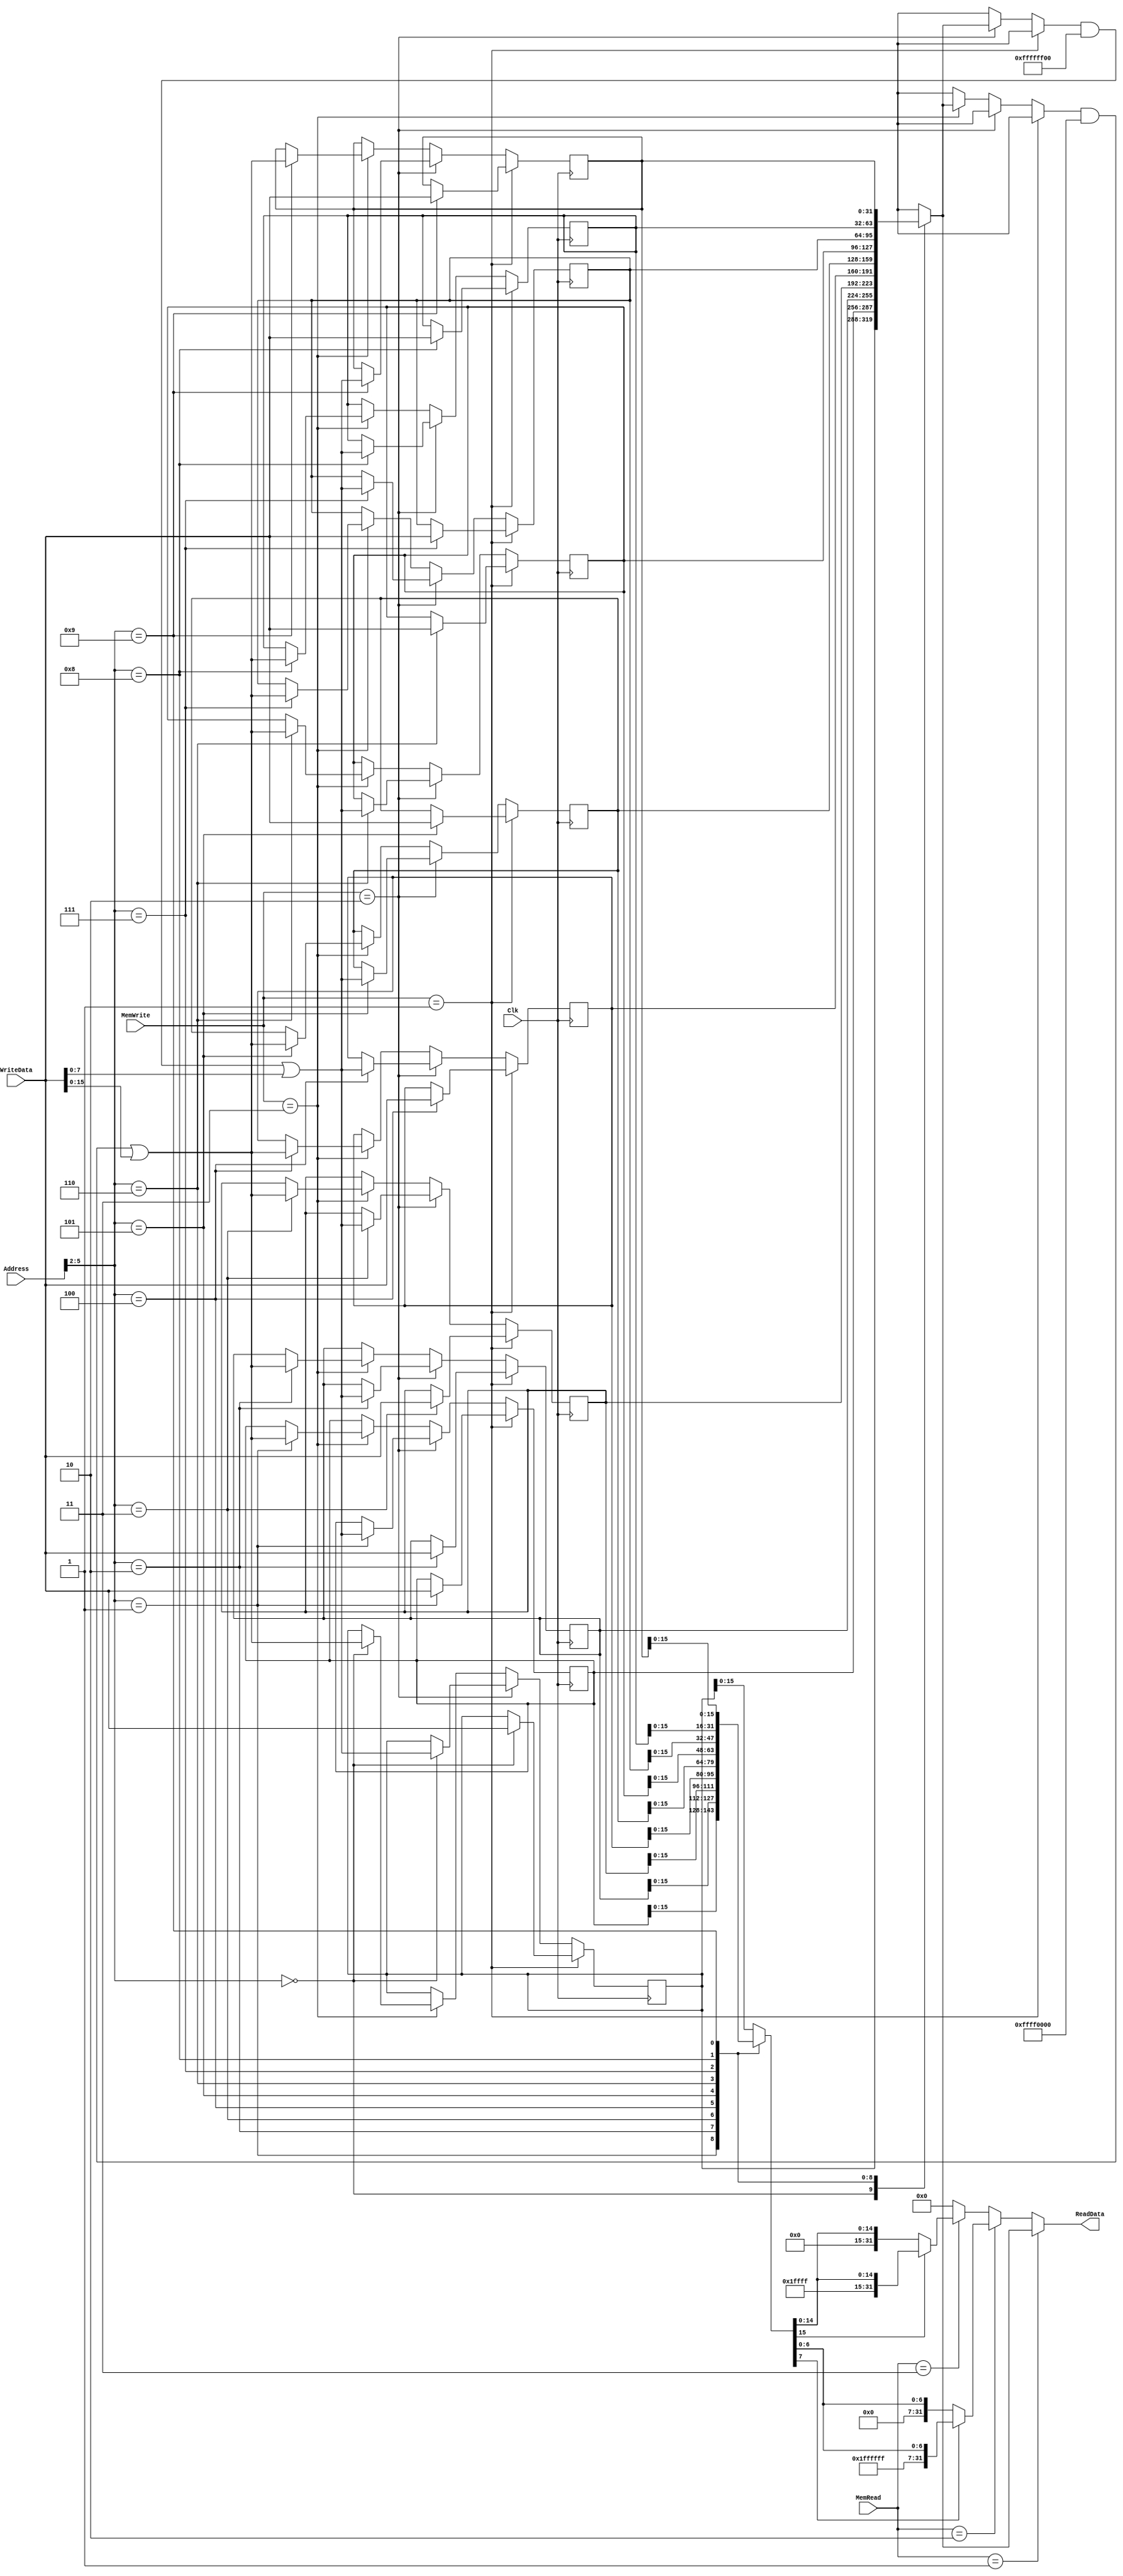
module DataMemory(Address, WriteData, Clk, MemWrite, MemRead, ReadData); 

    input [31:0] Address; 	// Input Address 
    input [31:0] WriteData; // Data that needs to be written into the address 
    input Clk;
    input [1:0] MemWrite; 		// Control signal for memory write 
    input [1:0] MemRead; 			// Control signal for memory read 

    output reg[31:0] ReadData; // Contents of memory location at Address

    reg [31:0] memory [9:0];
    reg[31:0] temp, temp1;
    
    integer i = 0;
    
    initial begin
    
        memory[0] <= 32'd16;
    memory[1] <= 32'd16;
    memory[2] <= 32'd4;
    memory[3] <= 32'd4;
    memory[4] <= 32'd0;
    memory[5] <= 32'd1;
    memory[6] <= 32'd2;
    memory[7] <= 32'd3;
    memory[8] <= 32'd0;
    memory[9] <= 32'd0;
    memory[10] <= 32'd0;
    memory[11] <= 32'd0;
    memory[12] <= 32'd0;
    memory[13] <= 32'd0;
    memory[14] <= 32'd0;
    memory[15] <= 32'd0;
    memory[16] <= 32'd0;
    memory[17] <= 32'd0;
    memory[18] <= 32'd0;
    memory[19] <= 32'd0;
    memory[20] <= 32'd1;
    memory[21] <= 32'd2;
    memory[22] <= 32'd3;
    memory[23] <= 32'd4;
    memory[24] <= 32'd4;
    memory[25] <= 32'd5;
    memory[26] <= 32'd6;
    memory[27] <= 32'd7;
    memory[28] <= 32'd8;
    memory[29] <= 32'd9;
    memory[30] <= 32'd10;
    memory[31] <= 32'd11;
    memory[32] <= 32'd0;
    memory[33] <= 32'd1;
    memory[34] <= 32'd2;
    memory[35] <= 32'd3;
    memory[36] <= 32'd2;
    memory[37] <= 32'd3;
    memory[38] <= 32'd32;
    memory[39] <= 32'd1;
    memory[40] <= 32'd2;
    memory[41] <= 32'd3;
    memory[42] <= 32'd12;
    memory[43] <= 32'd14;
    memory[44] <= 32'd16;
    memory[45] <= 32'd18;
    memory[46] <= 32'd20;
    memory[47] <= 32'd1;
    memory[48] <= 32'd1;
    memory[49] <= 32'd2;
    memory[50] <= 32'd3;
    memory[51] <= 32'd4;
    memory[52] <= 32'd3;
    memory[53] <= 32'd4;
    memory[54] <= 32'd1;
    memory[55] <= 32'd2;
    memory[56] <= 32'd3;
    memory[57] <= 32'd4;
    memory[58] <= 32'd18;
    memory[59] <= 32'd21;
    memory[60] <= 32'd24;
    memory[61] <= 32'd27;
    memory[62] <= 32'd30;
    memory[63] <= 32'd33;
    memory[64] <= 32'd2;
    memory[65] <= 32'd3;
    memory[66] <= 32'd4;
    memory[67] <= 32'd5;
    memory[68] <= 32'd0;
    memory[69] <= 32'd4;
    memory[70] <= 32'd2;
    memory[71] <= 32'd3;
    memory[72] <= 32'd4;
    memory[73] <= 32'd5;
    memory[74] <= 32'd24;
    memory[75] <= 32'd28;
    memory[76] <= 32'd32;
    memory[77] <= 32'd36;
    memory[78] <= 32'd40;
    memory[79] <= 32'd44;
    memory[80] <= 32'd3;
    memory[81] <= 32'd4;
    memory[82] <= 32'd5;
    memory[83] <= 32'd6;
    memory[84] <= 32'd0;
    memory[85] <= 32'd5;
    memory[86] <= 32'd3;
    memory[87] <= 32'd4;
    memory[88] <= 32'd5;
    memory[89] <= 32'd6;
    memory[90] <= 32'd30;
    memory[91] <= 32'd35;
    memory[92] <= 32'd40;
    memory[93] <= 32'd45;
    memory[94] <= 32'd50;
    memory[95] <= 32'd55;
    memory[96] <= 32'd3;
    memory[97] <= 32'd4;
    memory[98] <= 32'd5;
    memory[99] <= 32'd6;
    memory[100] <= 32'd0;
    memory[101] <= 32'd6;
    memory[102] <= 32'd12;
    memory[103] <= 32'd18;
    memory[104] <= 32'd24;
    memory[105] <= 32'd30;
    memory[106] <= 32'd36;
    memory[107] <= 32'd42;
    memory[108] <= 32'd48;
    memory[109] <= 32'd54;
    memory[110] <= 32'd60;
    memory[111] <= 32'd66;
    memory[112] <= 32'd72;
    memory[113] <= 32'd78;
    memory[114] <= 32'd84;
    memory[115] <= 32'd90;
    memory[116] <= 32'd0;
    memory[117] <= 32'd4;
    memory[118] <= 32'd14;
    memory[119] <= 32'd21;
    memory[120] <= 32'd28;
    memory[121] <= 32'd35;
    memory[122] <= 32'd42;
    memory[123] <= 32'd49;
    memory[124] <= 32'd56;
    memory[125] <= 32'd63;
    memory[126] <= 32'd70;
    memory[127] <= 32'd77;
    memory[128] <= 32'd84;
    memory[129] <= 32'd91;
    memory[130] <= 32'd98;
    memory[131] <= 32'd105;
    memory[132] <= 32'd0;
    memory[133] <= 32'd8;
    memory[134] <= 32'd16;
    memory[135] <= 32'd24;
    memory[136] <= 32'd32;
    memory[137] <= 32'd40;
    memory[138] <= 32'd48;
    memory[139] <= 32'd56;
    memory[140] <= 32'd64;
    memory[141] <= 32'd72;
    memory[142] <= 32'd80;
    memory[143] <= 32'd88;
    memory[144] <= 32'd96;
    memory[145] <= 32'd104;
    memory[146] <= 32'd112;
    memory[147] <= 32'd120;
    memory[148] <= 32'd0;
    memory[149] <= 32'd9;
    memory[150] <= 32'd18;
    memory[151] <= 32'd27;
    memory[152] <= 32'd36;
    memory[153] <= 32'd45;
    memory[154] <= 32'd54;
    memory[155] <= 32'd63;
    memory[156] <= 32'd72;
    memory[157] <= 32'd81;
    memory[158] <= 32'd90;
    memory[159] <= 32'd99;
    memory[160] <= 32'd108;
    memory[161] <= 32'd117;
    memory[162] <= 32'd126;
    memory[163] <= 32'd135;
    memory[164] <= 32'd0;
    memory[165] <= 32'd10;
    memory[166] <= 32'd20;
    memory[167] <= 32'd30;
    memory[168] <= 32'd40;
    memory[169] <= 32'd50;
    memory[170] <= 32'd60;
    memory[171] <= 32'd70;
    memory[172] <= 32'd80;
    memory[173] <= 32'd90;
    memory[174] <= 32'd100;
    memory[175] <= 32'd110;
    memory[176] <= 32'd120;
    memory[177] <= 32'd130;
    memory[178] <= 32'd140;
    memory[179] <= 32'd150;
    memory[180] <= 32'd0;
    memory[181] <= 32'd11;
    memory[182] <= 32'd22;
    memory[183] <= 32'd33;
    memory[184] <= 32'd44;
    memory[185] <= 32'd55;
    memory[186] <= 32'd66;
    memory[187] <= 32'd77;
    memory[188] <= 32'd88;
    memory[189] <= 32'd99;
    memory[190] <= 32'd110;
    memory[191] <= 32'd121;
    memory[192] <= 32'd132;
    memory[193] <= 32'd143;
    memory[194] <= 32'd154;
    memory[195] <= 32'd165;
    memory[196] <= 32'd0;
    memory[197] <= 32'd12;
    memory[198] <= 32'd24;
    memory[199] <= 32'd36;
    memory[200] <= 32'd48;
    memory[201] <= 32'd60;
    memory[202] <= 32'd72;
    memory[203] <= 32'd84;
    memory[204] <= 32'd96;
    memory[205] <= 32'd108;
    memory[206] <= 32'd120;
    memory[207] <= 32'd132;
    memory[208] <= 32'd10;
    memory[209] <= 32'd3;
    memory[210] <= 32'd100;
    memory[211] <= 32'd3;
    memory[212] <= 32'd0;
    memory[213] <= 32'd13;
    memory[214] <= 32'd26;
    memory[215] <= 32'd39;
    memory[216] <= 32'd52;
    memory[217] <= 32'd65;
    memory[218] <= 32'd78;
    memory[219] <= 32'd91;
    memory[220] <= 32'd104;
    memory[221] <= 32'd114;
    memory[222] <= 32'd130;
    memory[223] <= 32'd143;
    memory[224] <= 32'd36;
    memory[225] <= 32'd42;
    memory[226] <= 32'd23;
    memory[227] <= 32'd44;
    memory[228] <= 32'd0;
    memory[229] <= 32'd14;
    memory[230] <= 32'd28;
    memory[231] <= 32'd42;
    memory[232] <= 32'd56;
    memory[233] <= 32'd70;
    memory[234] <= 32'd84;
    memory[235] <= 32'd98;
    memory[236] <= 32'd112;
    memory[237] <= 32'd126;
    memory[238] <= 32'd140;
    memory[239] <= 32'd154;
    memory[240] <= 32'd25;
    memory[241] <= 32'd34;
    memory[242] <= 32'd33;
    memory[243] <= 32'd58;
    memory[244] <= 32'd0;
    memory[245] <= 32'd15;
    memory[246] <= 32'd30;
    memory[247] <= 32'd45;
    memory[248] <= 32'd60;
    memory[249] <= 32'd75;
    memory[250] <= 32'd90;
    memory[251] <= 32'd105;
    memory[252] <= 32'd120;
    memory[253] <= 32'd135;
    memory[254] <= 32'd150;
    memory[255] <= 32'd165;
    memory[256] <= 32'd35;
    memory[257] <= 32'd74;
    memory[258] <= 32'd55;
    memory[259] <= 32'd66;
    memory[260] <= 32'd0;
    memory[261] <= 32'd1;
    memory[262] <= 32'd2;
    memory[263] <= 32'd3;
    memory[264] <= 32'd1;
    memory[265] <= 32'd2;
    memory[266] <= 32'd3;
    memory[267] <= 32'd4;
    memory[268] <= 32'd2;
    memory[269] <= 32'd3;
    memory[270] <= 32'd4;
    memory[271] <= 32'd5;
    memory[272] <= 32'd3;
    memory[273] <= 32'd4;
    memory[274] <= 32'd5;
    memory[275] <= 32'd6;
    memory[276] <= 32'd0;

//        for(i = 0; i < 1024; i = i + 1) begin
//            Memory[i] = 0;
//        end
//        Memory[0] = 32'd100;
//        Memory[1] = 32'd200;
//        Memory[2] = 32'd300;
//        Memory[3] = 32'd400;
//        Memory[4] = 32'd500;
//        Memory[5] = 32'd600;
//        Memory[6] = 32'd700;
//        Memory[7] = 32'd800;
//        Memory[8] = 32'd900;
//        Memory[9] = 32'd1000;
//        Memory[10] = 32'd1100;
//        Memory[11] = 32'd1200;
    end
    
    always @(posedge Clk) begin
     if (MemWrite == 1) begin
       memory[Address[11:2]] <= WriteData;
     end
     else if(MemWrite == 2) begin //b
       temp = memory[Address[11:2]];
       temp1 = temp & (32'hFFFFFF00);
       memory[Address[11:2]] = temp1 | WriteData[7:0];
     end
     else if( MemWrite == 3) begin// h
       temp = memory[Address[11:2]];
        temp1 = temp & (32'hFFFF0000);
        memory[Address[11:2]] = temp1 | WriteData[15:0];
     end
    end
    
    always @(*) begin
     if(MemRead == 1) begin
       ReadData <= memory[Address[11:2]];
     end
     else if( MemRead == 2) begin //b
        temp = memory[Address[11:2]];
        if(temp[7] == 1) begin
          ReadData <= {24'b111111111111111111111111, temp[7:0]};
          end
        else begin
          ReadData <= {24'b000000000000000000000000, temp[7:0]};
        end
     end
     else if(MemRead == 3) begin //h
        temp = memory[Address[11:2]];
        if(temp[15] == 1) begin
          ReadData <= {16'b1111111111111111, temp[15:0]};
          end
        else begin
          ReadData <= {16'b0000000000000000, temp[15:0]};
        end
     end
     else begin
       ReadData <= 0;
     end
    end

endmodule